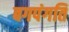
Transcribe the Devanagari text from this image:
बगपंगति